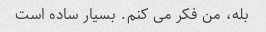
بله، من فکر می کنم. بسیار ساده است